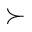
\succ